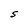
Character: S